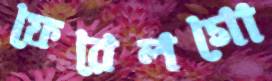
ফেরেলগো